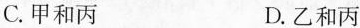
C.甲和丙 D.乙和丙